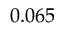
0 . 0 6 5